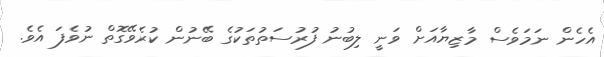
އެހެން ނަމަވެސް މާޒިޔާއަށް ވަނީ ލިބުނު ފުރުސަތުތަކުގެ ބޭނުން ކުރެވޭގޮތް ނުވެފަ އެވެ.